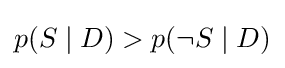
p(S\mid D)>p(\neg S\mid D)